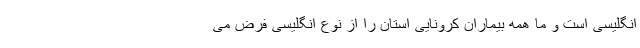
انگلیسی است و ما همه بیماران کرونایی استان را از نوع انگلیسی فرض می